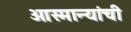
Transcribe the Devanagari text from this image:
ओस्मान्यांची